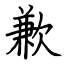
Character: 歉